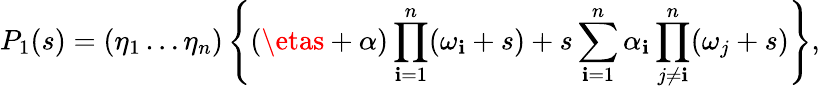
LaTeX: P_{1}(s)=(\eta_{1}\ldots\eta_{n})\left\{ (\etas+\alpha)\prod_{\mathbf{i}=1}^{n}(\omega_{\mathbf{i}}+s)+s\sum_{\mathbf{i}=1}^{n}\alpha_{\mathbf{i}}\prod_{j\ne\mathbf{i}}^{n}(\omega_{j}+s)\right\} ,